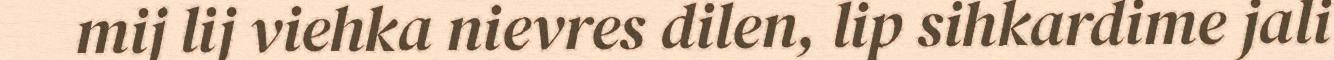
mij lij viehka nievres dilen, lip sihkardime jali